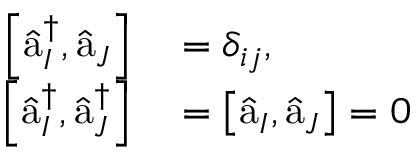
\begin{array} { r l } { \left[ \hat { \textmd a } _ { I } ^ { \dagger } , \hat { \textmd a } _ { J } \right] } & { { } = \delta _ { i j } , } \\ { \left[ \hat { \textmd a } _ { I } ^ { \dagger } , \hat { \textmd a } _ { J } ^ { \dagger } \right] } & { { } = \left[ \hat { \textmd a } _ { I } , \hat { \textmd a } _ { J } \right] = 0 } \end{array}